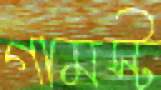
গামস্ট